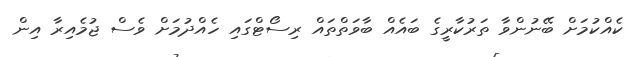
ކެއްކުމަށް ބޭނުންވާ ތަރުކާރީގެ ބައެއް ބާވަތްތައް ރިސޯޓްގައި ހެއްދުމަށް ވެސް ޖުމެއިރާ އިން